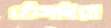
ঠেসাইয়া